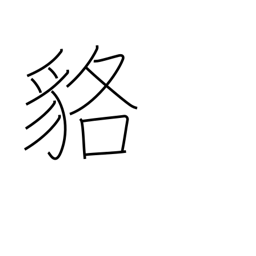
Meaning: badger